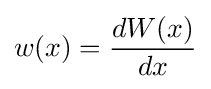
w(x)={\frac {dW(x)}{dx}}